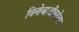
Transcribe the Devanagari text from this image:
विनोबाजींबरोबर